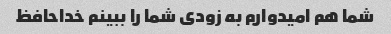
شما هم امیدوارم به زودی شما را ببینم خداحافظ